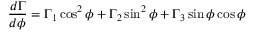
\frac { d \Gamma } { d \phi } = \Gamma _ { 1 } \cos ^ { 2 } \phi + \Gamma _ { 2 } \sin ^ { 2 } \phi + \Gamma _ { 3 } \sin \phi \cos \phi